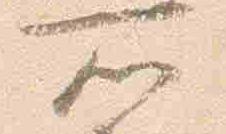
所